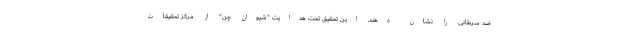
ضد سرطانی را نشان دهند. این تحقیق تحت هدایت "شیوان چن" از مرکز تحقیقات